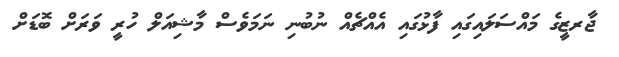
ޖާރޒީގެ މައްސަލައިގައި ފާޅުގައި އެއްޗެއް ނުބުނި ނަމަވެސް މާޝިއަލް ހުރީ ވަރަށް ބޮޑަށް